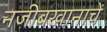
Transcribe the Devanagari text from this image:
नजीबखानाचें